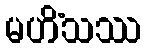
မဟိံသဿ